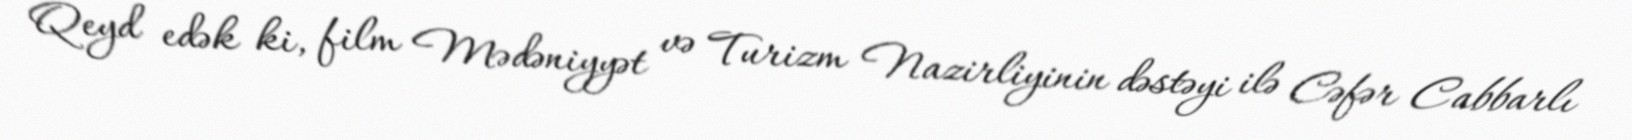
Qeyd edək ki, film Mədəniyyət və Turizm Nazirliyinin dəstəyi ilə Cəfər Cabbarlı